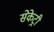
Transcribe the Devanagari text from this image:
सेकेट्री